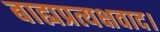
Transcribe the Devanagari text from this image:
बाह्यप्रत्यक्षवाद।